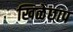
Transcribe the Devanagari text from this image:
खिळेछाप